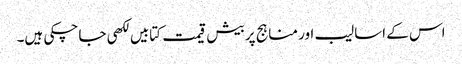
اس کے اسالیب اور مناہج پر بیش قیمت کتابیں لکھی جا چکی ہیں۔